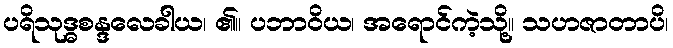
ပရိသုဒ္ဓစန္ဒလေခါယ၊ ၏။ ပဘာဝိယ၊ အရောင်ကဲ့သို့။ သဟဇာတာပိ၊